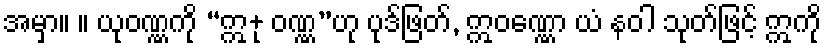
အမှာ။ ။ ယုဝဏ္ဏကို “ဣ+ု ဝဏ္ဏ”ဟု ပုဒ်ဖြတ်, ဣဝဏ္ဏော ယံ နဝါ သုတ်ဖြင့် ဣကို